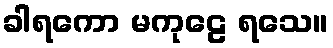
ခါရကော မကုဠေ ရသေ။